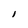
Character: I